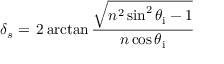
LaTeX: \delta _ { s } = \, 2 \arctan { \frac { \sqrt { n ^ { 2 } \sin ^ { 2 } \theta _ { \mathrm { i } } - 1 } } { n \cos \theta _ { \mathrm { i } } } }